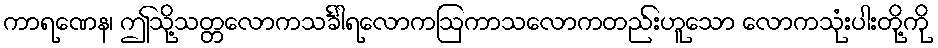
ကာရဏေန၊ ဤသို့သတ္တလောကသင်္ခါရလောကဩကာသလောကတည်းဟူသော လောကသုံးပါးတို့ကို